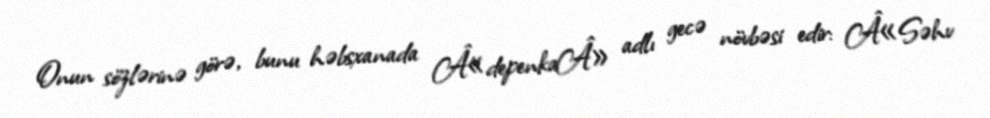
Onun sözlərinə görə, bunu həbsxanada Â«depenkaÂ» adlı gecə növbəsi edir: Â«Səhv